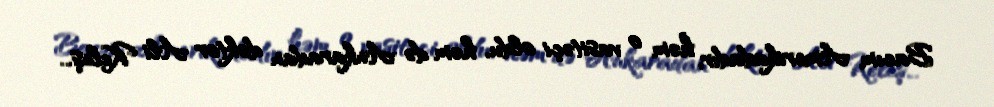
Bacım Amerikadadır, həm o vasitəçi oldu, həm də Ankaradan doktor Ali Keleş...